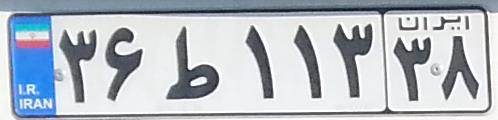
۳۶ط۱۱۳۳۸